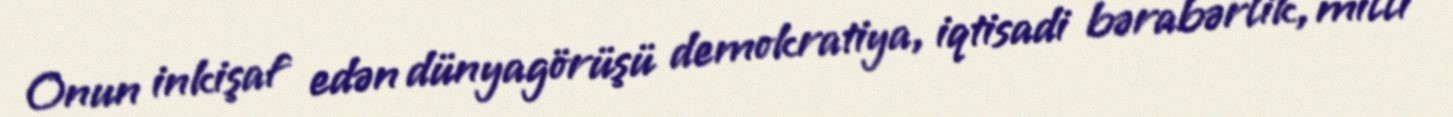
Onun inkişaf edən dünyagörüşü demokratiya, iqtisadi bərabərlik, milli